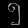
Digit: ၅